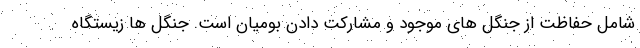
شامل حفاظت از جنگل های موجود و مشارکت دادن بومیان است. جنگل ها زیستگاه